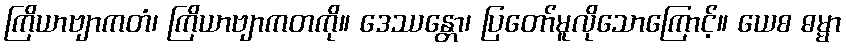
ကြိယာဗျာကတံ၊ ကြိယာဗျာကတကို။ ဒေဿန္တော၊ ပြတော်မူလိုသောကြောင့်။ ယေစ ဓမ္မာ